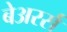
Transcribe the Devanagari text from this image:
बेअरर्स